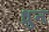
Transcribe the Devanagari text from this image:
ध्रुन